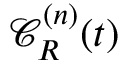
{ \mathcal C } _ { R } ^ { ( n ) } ( t )